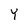
Character: Y